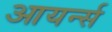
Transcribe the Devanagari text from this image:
आयर्न्स